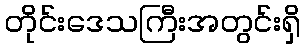
တိုင်းဒေသကြီးအတွင်းရှိ